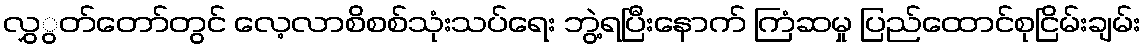
လွှွတ်တော်တွင် လေ့လာစိစစ်သုံးသပ်ရေး ဘွဲ့ရပြီးနောက် ကြံဆမှု ပြည်ထောင်စုငြိမ်းချမ်း